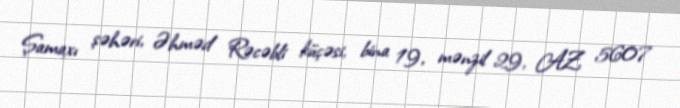
Şamaxı şəhəri, Əhməd Rəcəbli küçəsi, bina 19, mənzil 29, AZ 5607